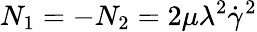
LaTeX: N_{1}=-N_{2}=2\mu\lambda^{2}\dot{\gamma}^{2}